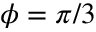
\phi = \pi / 3